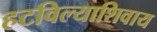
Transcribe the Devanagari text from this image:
हटविल्याशिवाय